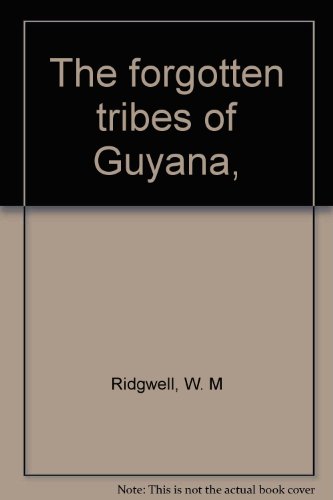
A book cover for The forgotten tribes of Guyana,; W. M Ridgwell; Travel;